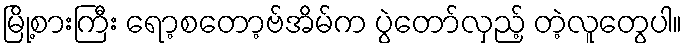
မြို့စားကြီး ရော့စတော့ဗ်အိမ်က ပွဲတော်လှည့် တဲ့လူတွေပါ။